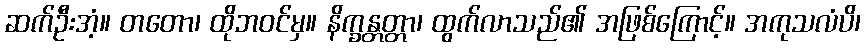
ဆက်ဦးအံ့။ တတော၊ ထိုဘဝင်မှ။ နိက္ခန္တတ္တာ၊ ထွက်လာသည်၏ အဖြစ်ကြောင့်။ အကုသလံပိ၊